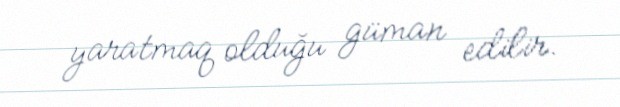
yaratmaq olduğu güman edilir.